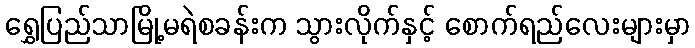
ရွှေပြည်သာမြို့မရဲစခန်းက သွားလိုက်နှင့် စောက်ရည်လေးများမှာ